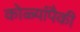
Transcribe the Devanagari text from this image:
कोळ्यांपैकी